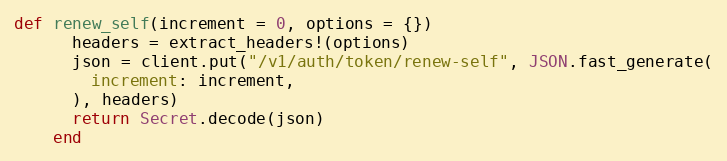
Language: Ruby
def renew_self(increment = 0, options = {})
      headers = extract_headers!(options)
      json = client.put("/v1/auth/token/renew-self", JSON.fast_generate(
        increment: increment,
      ), headers)
      return Secret.decode(json)
    end